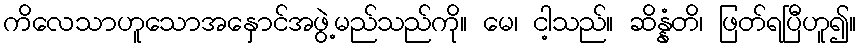
ကိလေသာဟူသောအနှောင်အဖွဲ့မည်သည်ကို။ မေ၊ ငါ့သည်။ ဆိန္နံတိ၊ ဖြတ်ရပြီဟူ၍။